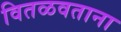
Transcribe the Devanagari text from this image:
वितळवताना